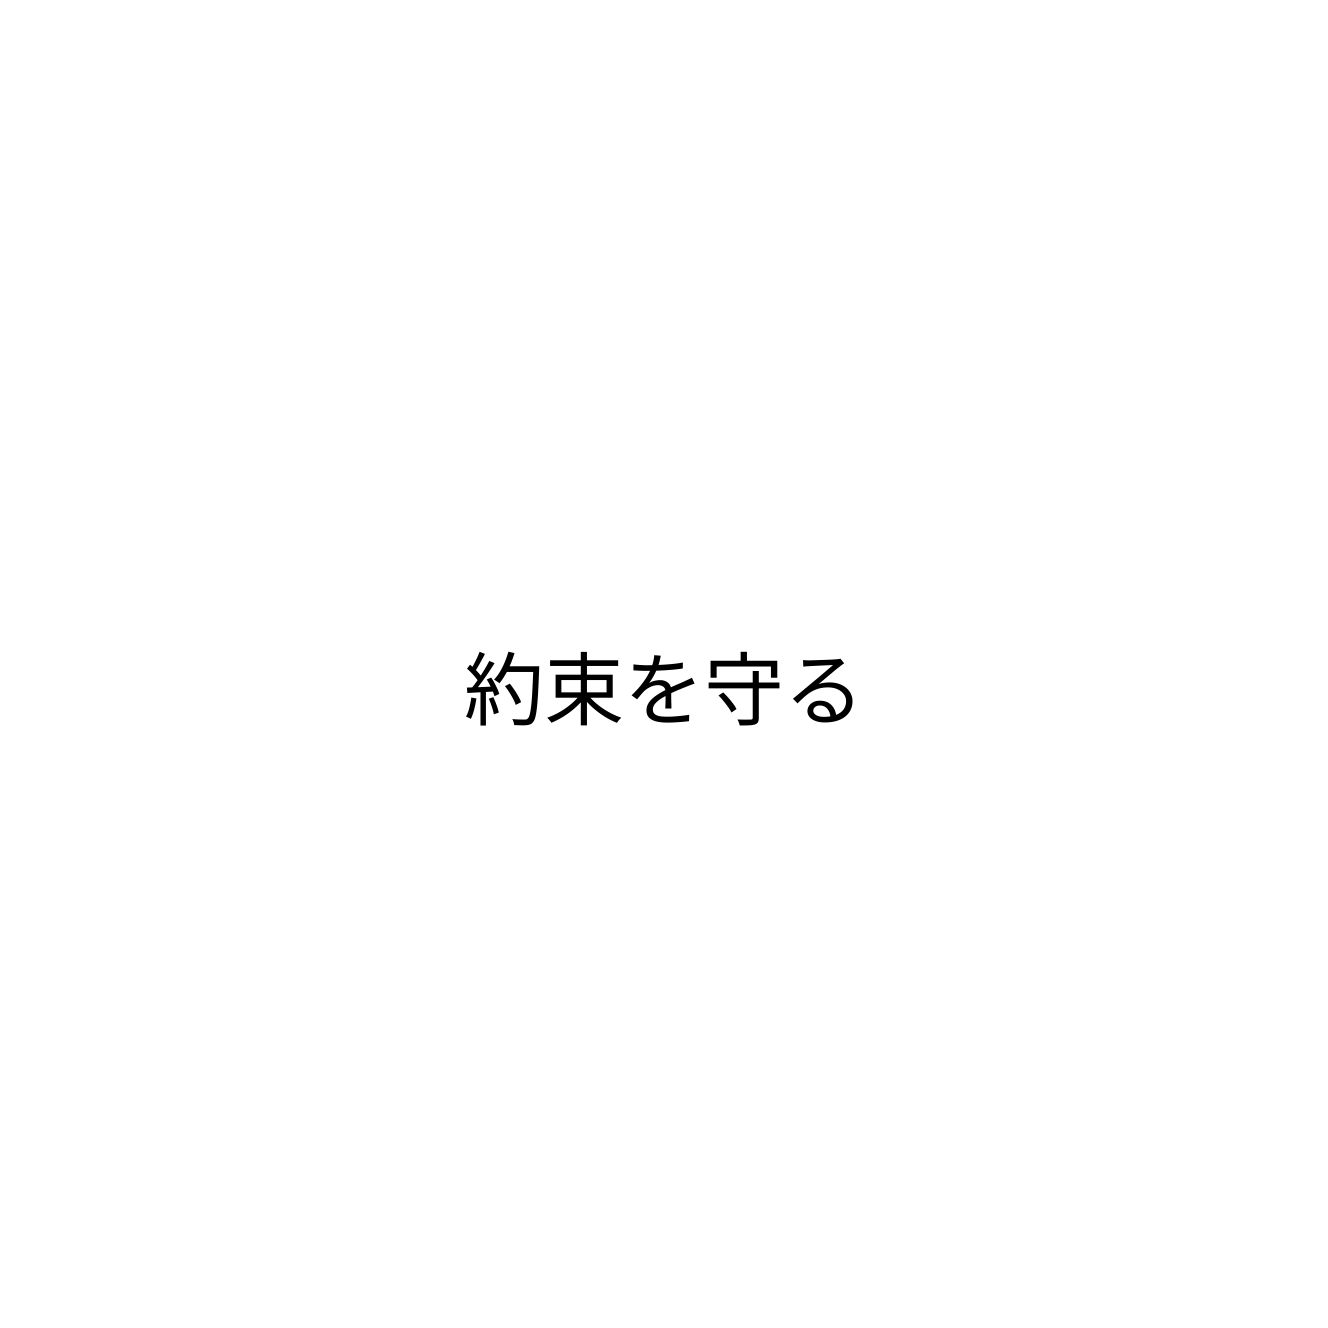
約束を守る